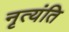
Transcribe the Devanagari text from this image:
नृत्यंति